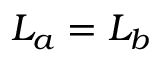
L _ { a } = L _ { b }